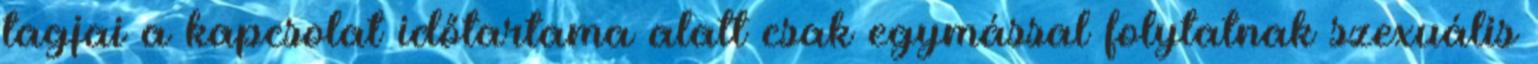
tagjai a kapcsolat időtartama alatt csak egymással folytatnak szexuális